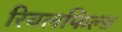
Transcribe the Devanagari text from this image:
रियलफिल्ड